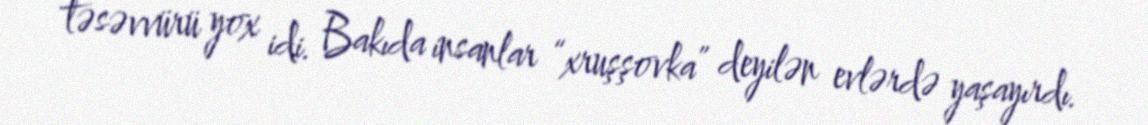
təsəvvürü yox idi. Bakıda insanlar “xruşşovka” deyilən evlərdə yaşayırdı.